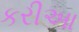
કરીઆ